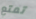
تمتع